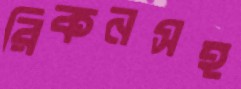
রিকনসহ